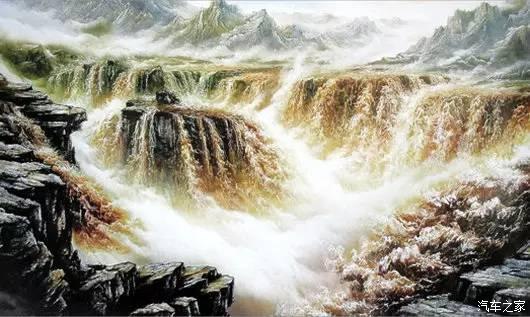
重岩叠嶂，隐天蔽日。